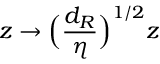
z \rightarrow \Big ( \frac { d _ { R } } { \eta } \Big ) ^ { 1 / 2 } z